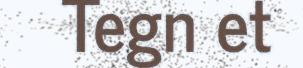
Tegn et